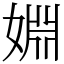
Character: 婣